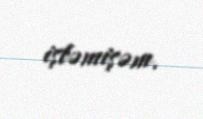
işləmişəm.